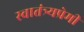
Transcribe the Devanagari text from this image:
स्वातंत्र्यप्रेमी